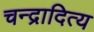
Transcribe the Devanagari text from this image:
चन्द्रादित्य